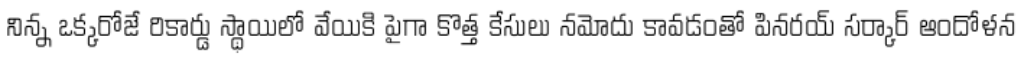
నిన్న ఒక్కరోజే రికార్డు స్థాయిలో వేయికి పైగా కొత్త కేసులు నమోదు కావడంతో పినరయ్ సర్కార్ ఆందోళన